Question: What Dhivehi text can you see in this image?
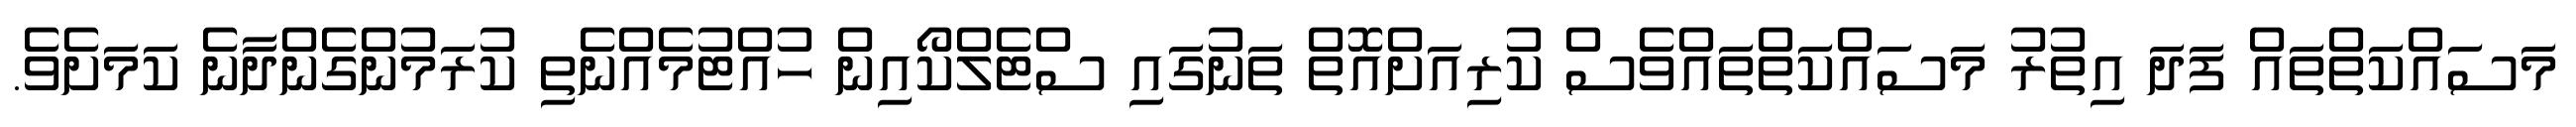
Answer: މަސައްކަތްތައް ފަދަ އިތުރު މަސައްކަތްތައްވެސް ކުރިއަށްއޮތް ތަނުގައި ސްޓެލްކޯއިން ހުއްޓުމެއްނެތި ކުރަމުންގެންދާނެ ކަމަށެވެ.